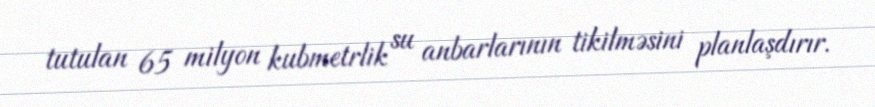
tutulan 65 milyon kubmetrlik su anbarlarının tikilməsini planlaşdırır.